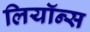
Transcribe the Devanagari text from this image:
लियॉन्स